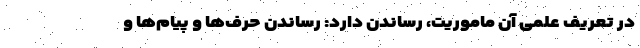
در تعریف علمی آن ماموریت، رساندن دارد: رساندن حرف‌ها و پیام‌ها و